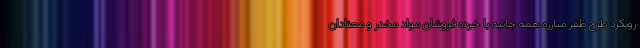
رویکرد طرح ظفر مبارزه همه جانبه با خرده فروشان مواد مخدر و معتادان